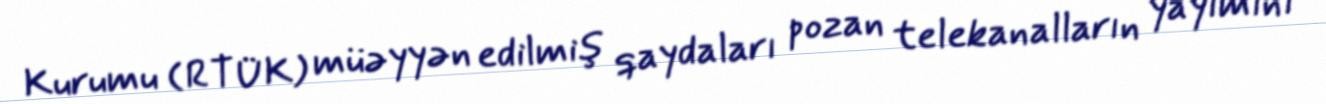
Kurumu (RTÜK) müəyyən edilmiş qaydaları pozan telekanalların yayımını